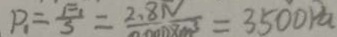
P _ { 1 } = \frac { F _ { 1 } } { 3 } = \frac { 2 . 8 N } { 0 . 0 0 1 8 m ^ { 3 } } = 3 5 0 0 P a